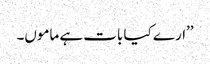
’’ارے کیا بات ہے ماموں۔